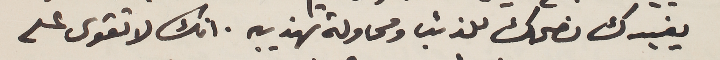
يفيدك نصحك للذئب ومحاولة تهذيبه. انك لا تقوى على